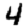
Digit: 4